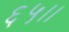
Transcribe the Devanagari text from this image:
६५।।